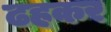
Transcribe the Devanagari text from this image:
ढहकर